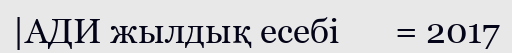
|АДИ жылдық есебі       = 2017